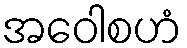
အဝေါစဟံ